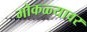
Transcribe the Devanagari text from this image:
मोकळ्यावर